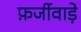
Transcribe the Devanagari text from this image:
फ़र्जीवाड़े